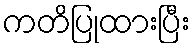
ကတိပြုထားပြီး